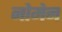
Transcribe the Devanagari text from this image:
नोमेन